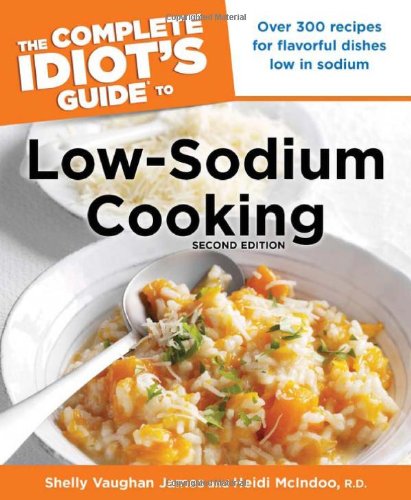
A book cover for The Complete Idiot's Guide to Low-Sodium Cooking, 2nd Edition (Idiot's Guides); Shelly Vaughan James; Cookbooks, Food & Wine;